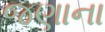
જણાના